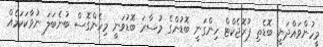
މީހުންވައްދަނީ ބޮޑެތި ޕުރޮޖެކްޓް ހިންގަނީ ބޮޑުންގެ މުސާރަ ބޮޑުވަނީ މިހެންގޮސް ބުނެބަލަ ނުވާކަކަމެއް